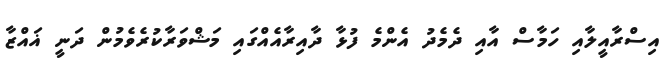
އިސްރާއީލާއި ހަމާސް އާއި ދެމެދު އެންމެ ފުޅާ ދާއިރާއެއްގައި މަޝްވަރާކުރެވެމުން ދަނީ ޣައްޒާ